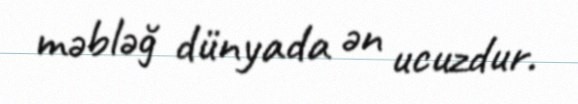
məbləğ dünyada ən ucuzdur.